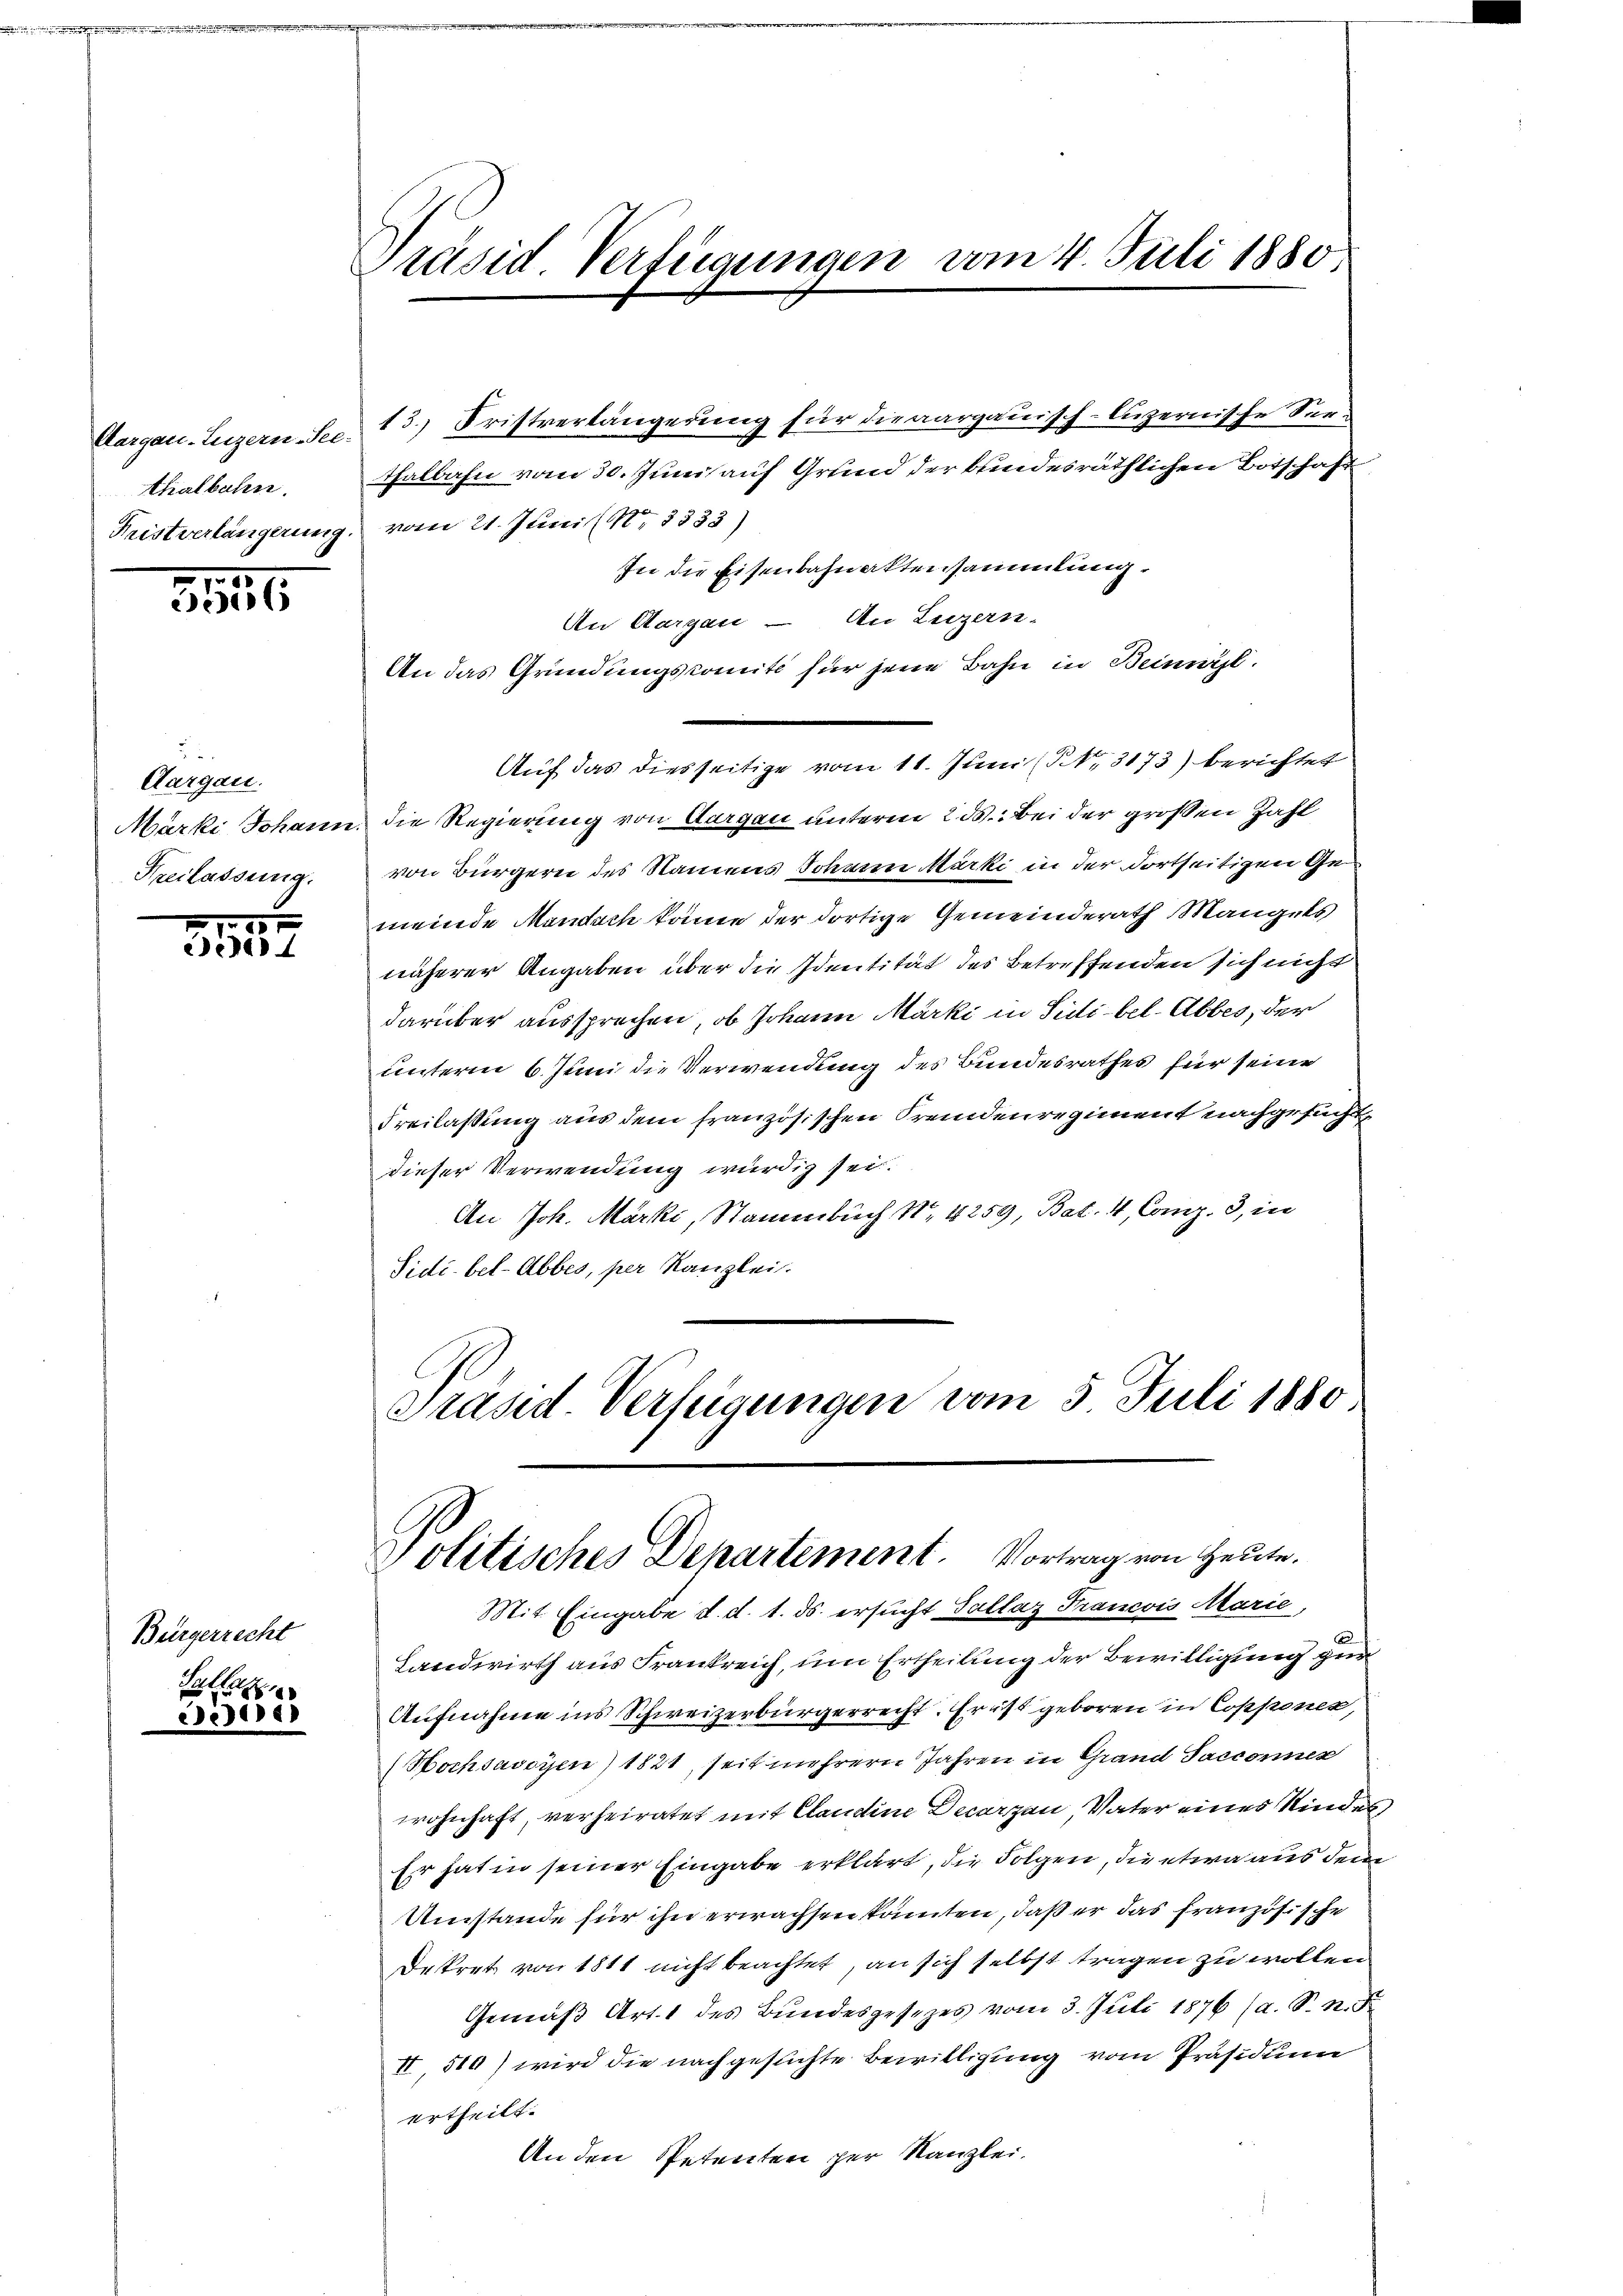
Aargau-Luzern-See:
thalbahn.

3186

Aargau.
Freilassung.

ddere

Bürgerrecht

Tallat
cidire

Präsid. Verfügungen vom 4. Juli 1880.

13.) Fristverlängerung für die aargauisch-luzernische Seethalbahn vom 30. Juni auf Grund der bundesräthlichen Botschaft
Fristverlängerung vom 21. Juni (Nr. 3333)
In die Eisenbahnaktensammlung
An Aargau – An Luzern-
An das Gründungskomité für jene Bahn in Beimisl.
Auf das diesseitige vom 11. Juni (§ 3173) berichtet
Märki Johann, die Regierung von Aargau unterm 23. Bei der großen Zahl
von Bürgern des Namens Johann Märki in der dortseitigen Gemeinde Mandach könne der dortige Gemeinderath Mangels
näherer Angaben über die Identität des Betreffenden sich nicht
darüber aussprechen, ob Johann Märki in Sittibel. Abbes, der
unterm 6. Juni die Verwendung des Bundesrathes für seine
Freilassung aus dem französischen Fremdenregiment nachgesucht.
dieser Verwendung würdig sei.
An Joh. Marki, Namenbuch No. 4259, Bat. 4, Comp. 3, in
Sidibel-Abbes, per Kanzlei.
Präsid. Verfügungen vom 3. Juli 1880.

Politisches Departement. Vortrag von Heute.
Mit Eingabe d. d. 1. ds. ersucht Sallaz Francois Marie,

Landwirth aus Frankreich, um Ertheilung der Bewilligung zum
Aufnahme ins Schweizerbürgerrecht. Er ist geboren in Copponen,
Hochsavoyen) 1821, seit mehrern Jahren in Grand Sacconnen
wohnhaft, verheiratet mit Claudine Decarzen, Vater eines Kinder
Er hat in seiner Eingabe erklärt, die Folgen, die etwa aus dem
Umstände für ihn erwachsen könnten, daß er das französische
Dekret von 1811 nicht beachtet, an sich selbst tragen zu wollen
Gemäß Art. 1 des Bundesgesezes vom 3. Juli 1876 (a. S. n. F.
II, 510) wird die nachgesuchte Bewilligung vom Präsidium
ertheilt.
An den Petenten zur Kanzlei.